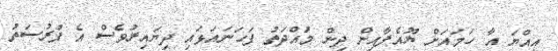
އިއްޔަ އާ ހަމައަށް ޔޫއެފާއިން ދިން މުައްދަތު ފަހަނައަޅައި ދިޔައިރުވެސް އެ ފުރުސަތު